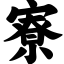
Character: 寮